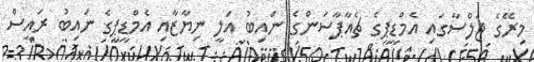
މިރޭގެ ޖަލްސާގައި އެމްޑީޕީގެ ޗެއާޕާސަންގެ ނައިބު އަލީ ނިޔާޒާއި އެމްޑީޕީގެ ނައިބު ރައީސް